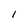
Character: i